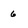
Character: 6